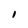
Character: I